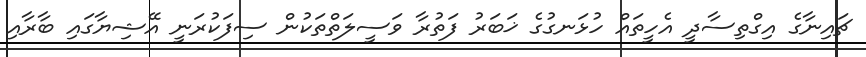
ޗައިނާގެ އިގްތިސާދީ އެހީތައް ހުޅަނގުގެ ޚަބަރު ފަތުރާ ވަސީލަތްތަކުން ސިފަކުރަނީ އޭޝިޔާގައި ބާރާއި